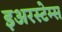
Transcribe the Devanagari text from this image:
इअरस्टेम्स